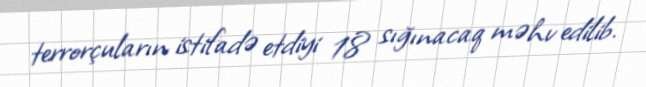
terrorçuların istifadə etdiyi 18 sığınacaq məhv edilib.